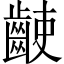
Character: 𪘌